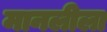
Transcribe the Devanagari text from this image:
मानलीला